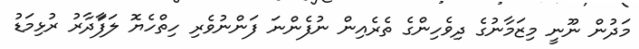
މަދުން ނޫނީ މިޒަމާނުގެ ދިވެހިންގެ ތެރެއިން ނުފެންނަ ފަންނުވެރި ހިތްހެޔޮ ލަފާަދާރު ރުޅިމަޑު